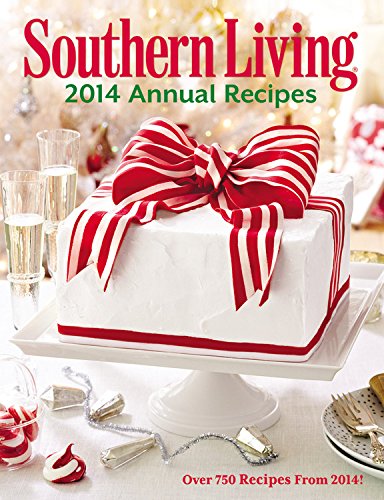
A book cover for Southern Living Annual Recipes 2014: Over 750 Recipes from 2014!; The Editors of Southern Living Magazine; Cookbooks, Food & Wine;